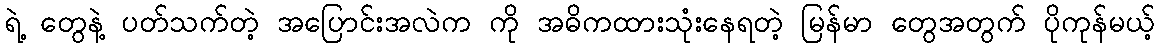
ရဲ့ တွေနဲ့ ပတ်သက်တဲ့ အပြောင်းအလဲက ကို အဓိကထားသုံးနေရတဲ့ မြန်မာ တွေအတွက် ပိုကုန်မယ့်